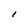
Character: 1